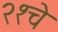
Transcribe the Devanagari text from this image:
२१चे